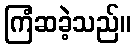
ကြံဆခဲ့သည်။